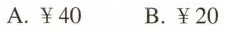
A.￥40 B.￥20